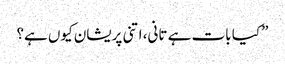
” کیا بات ہے تانی، اتنی پریشان کیوں ہے؟